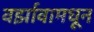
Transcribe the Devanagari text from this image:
वर्झावामधून